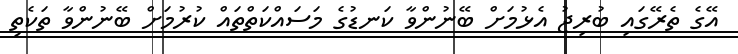
އޭގެ ތެރޭގައި ބުރިޖު އެޅުމަށް ބޭނުންވާ ކަނޑުގެ މަސައްކަތްތައް ކުރުމަށް ބޭނުންވާ ތަކެތި